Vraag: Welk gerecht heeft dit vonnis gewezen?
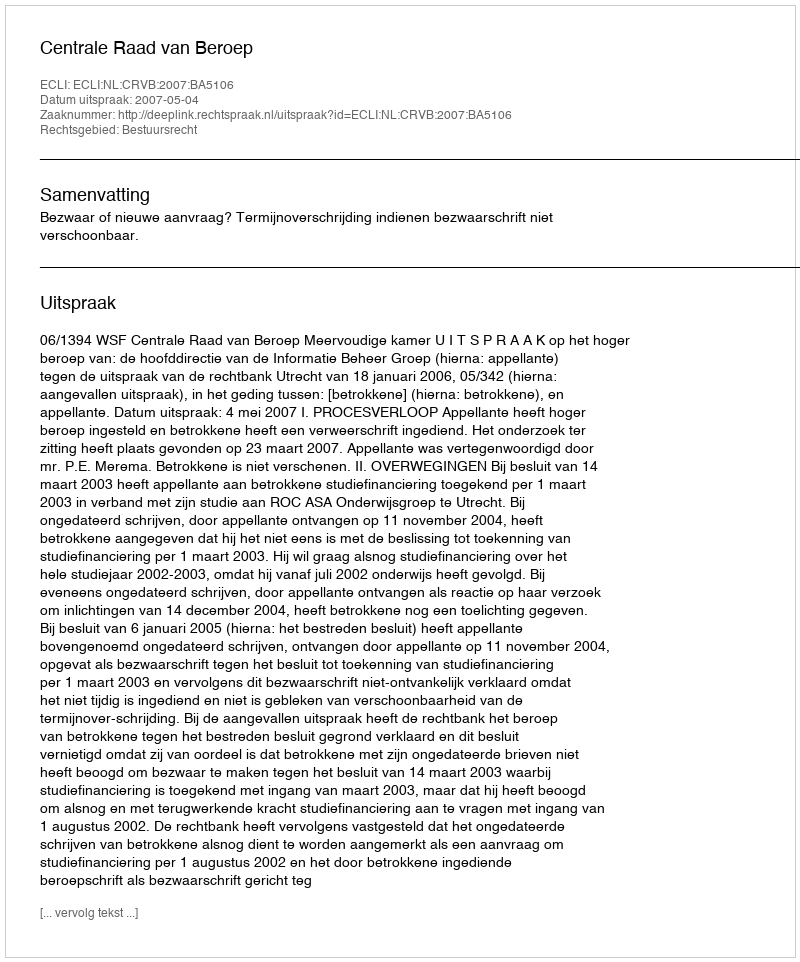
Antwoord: Centrale Raad van Beroep